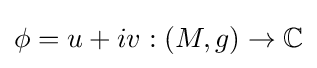
\phi =u+iv:(M,g)\to \mathbb {C}